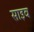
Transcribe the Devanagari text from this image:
साइव